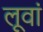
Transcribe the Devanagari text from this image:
लूवां